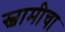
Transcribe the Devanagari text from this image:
स्वामीचा